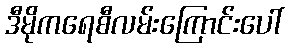
ဒီမိုကရေစီလမ်းကြောင်းပေါ်